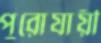
পুরোযায়ী